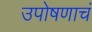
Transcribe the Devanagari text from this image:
उपोषणाचं